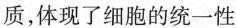
质，体现了细胞的统一性